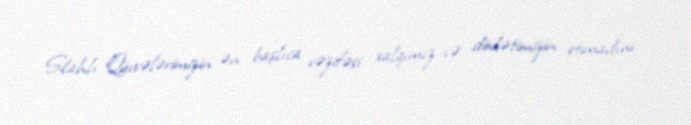
Silahlı Qüvvələrimizin ən başlıca vəzifəsi xalqımız və dövlətimizin etimadını